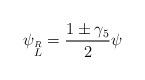
LaTeX: \begin{align*}\psi_{\stackrel{R}{L}} = {1\pm\gamma_5\over2}\psi\end{align*}